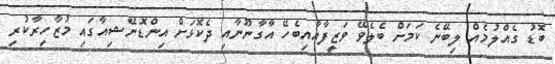
ބޮޑު ގެއްލުމެއް ލިބޭނެ ކަމަށް ބެލެވޭ ވަޒީފާއާއިބެހޭ އާގާނޫނާއި ދެކޮޅަށް އިންޑޮނޭޝިއާގައި މުޒާހިރާކުރި